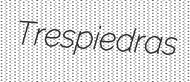
Trespiedras